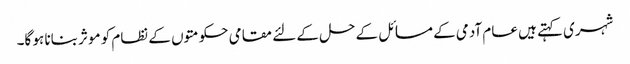
شہری کہتے ہیں عام آدمی کے مسائل کے حل کے لئے مقامی حکومتوں کے نظام کو موثر بنانا ہو گا۔